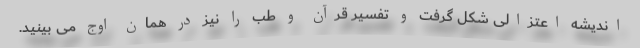
اندیشه اعتزالی شکل گرفت و تفسیر قرآن و طب را نیز در همان اوج می بینید.